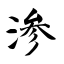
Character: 渗